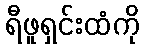
ရီဖူရှင်းထံကို